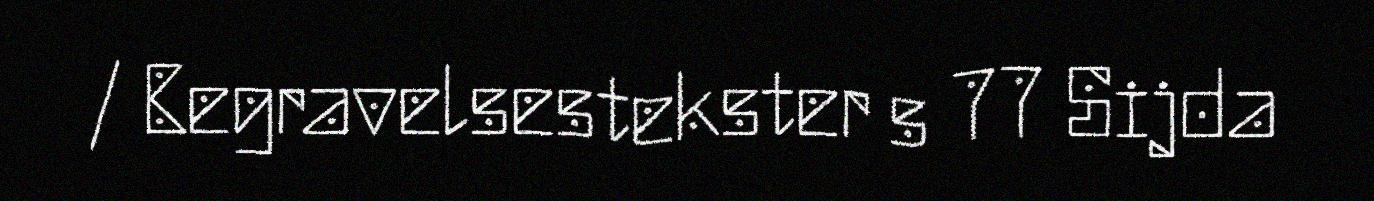
/ Begravelsestekster s 77 Sijda